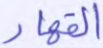
القهار